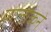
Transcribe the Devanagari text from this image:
पोलोकने